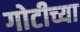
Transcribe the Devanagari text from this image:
गोटीच्या